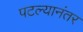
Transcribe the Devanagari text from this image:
पटल्यानंतर